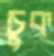
চুক